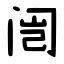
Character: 闿